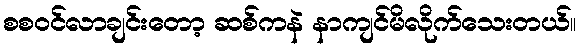
စစဝင်လာချင်းတော့ ဆစ်ကနဲ နာကျင်မိလိုက်သေးတယ်။